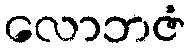
လောဘဇံ